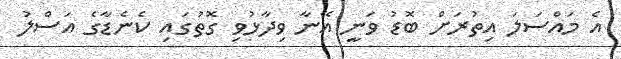
އެ މައްސަލަ އިތުރަށް ބޮޑު ވަނީ އޭނާ ވިދާޅުވި ގޮތުގައި ކެނެޑާގެ އަސްލު